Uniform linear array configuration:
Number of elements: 16
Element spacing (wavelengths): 1
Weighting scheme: kaiser
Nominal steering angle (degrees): -15
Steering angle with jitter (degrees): -15.276
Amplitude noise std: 0.05
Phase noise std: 0.05

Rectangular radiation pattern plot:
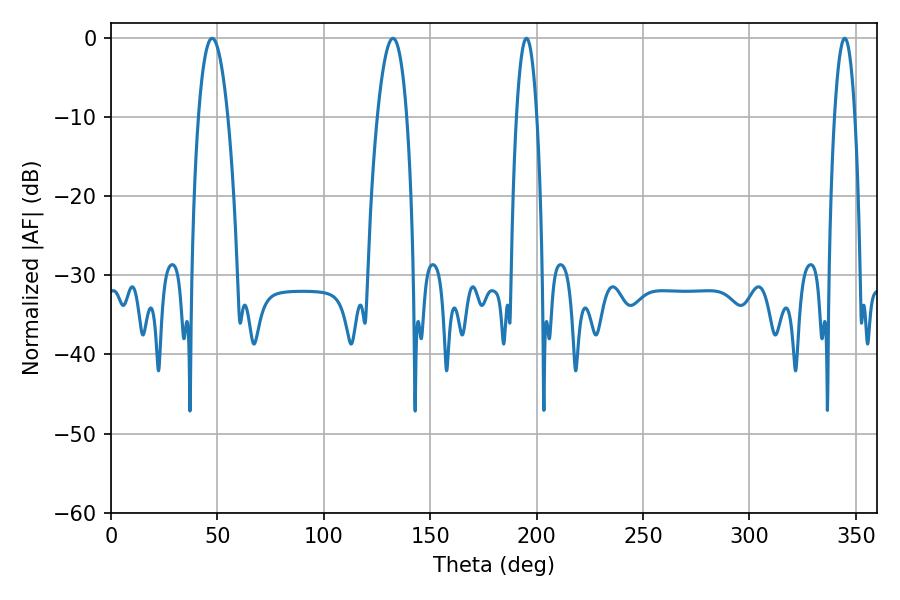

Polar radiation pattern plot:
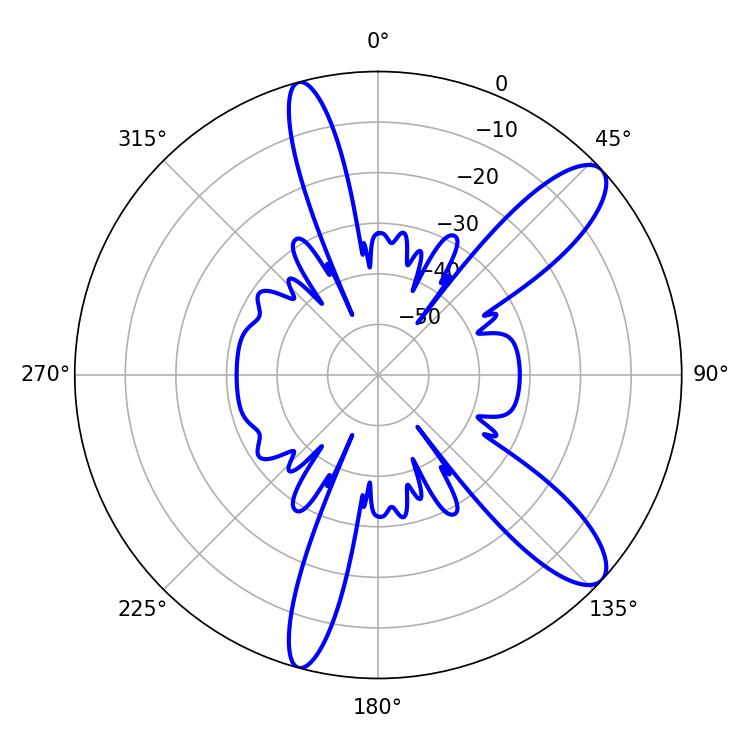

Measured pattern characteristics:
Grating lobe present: TRUE
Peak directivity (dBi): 10.991
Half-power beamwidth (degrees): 7.74
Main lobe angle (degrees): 47.52